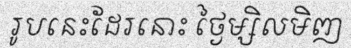
រូបនេះដែរនោះ ថ្ងៃម្សិលមិញ